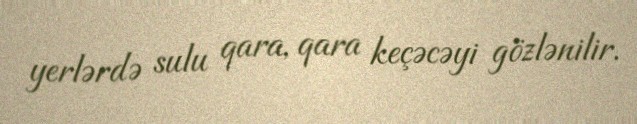
yerlərdə sulu qara, qara keçəcəyi gözlənilir.